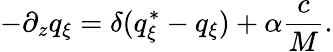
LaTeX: -\partial_{z}q_{\xi}=\delta(q_{\xi}^{*}-q_{\xi})+\alpha\frac{c}{M}.